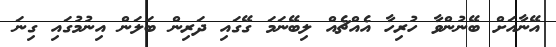
އޭނާއަށް ބޭނުންވާ ހުރިހާ އެއްޗެއް ލިބޭނަމަ ގޭގައި ދަރިން ބަލަން އިނުމުގައި ގިނަ